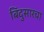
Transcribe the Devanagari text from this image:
बिंदुसारचा